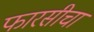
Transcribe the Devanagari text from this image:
फारसीचा